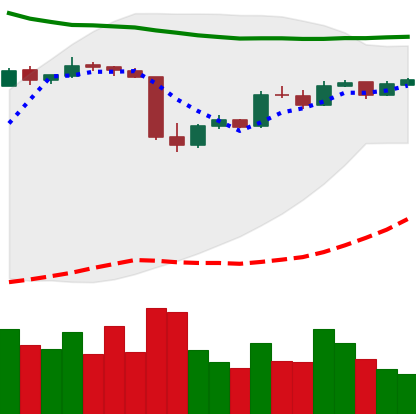
Ticker: LTC-USD
Chart end date: 2015-06-12
Forward return: 60.284%
Label: up_7plus